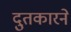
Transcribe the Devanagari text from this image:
दुतकारने